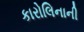
કારોલિનાની